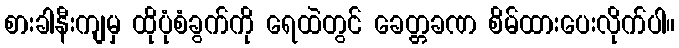
စားခါနီးကျမှ ထိုပုံစံခွက်ကို ရေထဲတွင် ခေတ္တခဏ စိမ်ထားပေးလိုက်ပါ။